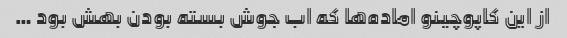
از این کاپوچینو اماده‌ها که اب جوش بسته بودن بهش بود …